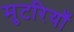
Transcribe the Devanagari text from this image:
मुटरियाँ